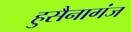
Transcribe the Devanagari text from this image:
हुसैनागंज